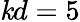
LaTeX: \mathit{k}d=5